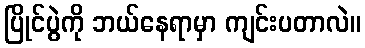
ပြိုင်ပွဲကို ဘယ်နေရာမှာ ကျင်းပတာလဲ။